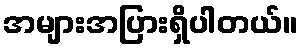
အများအပြားရှိပါတယ်။